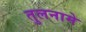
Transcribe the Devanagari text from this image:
तुलनामे